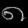
Digit: ၈